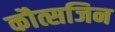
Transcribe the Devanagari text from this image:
कौत्सजिन